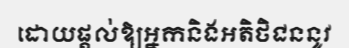
ដោយផ្តល់ឱ្យអ្នកនិងអតិថិជននូវ